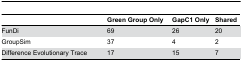
<table><thead><tr><td></td><td><b>Green Group Only</b></td><td><b>GapC1 Only</b></td><td><b>Shared</b></td></tr></thead><tbody><tr><td>FunDi</td><td>69</td><td>26</td><td>20</td></tr><tr><td>GroupSim</td><td>37</td><td>4</td><td>2</td></tr><tr><td>Difference Evolutionary Trace</td><td>17</td><td>15</td><td>7</td></tr></tbody></table>